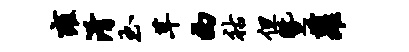
雍淆玉茸西祜但暨萝